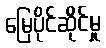
မြေပိုင်ဆိုင်မှု